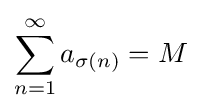
\sum _{n=1}^{\infty }a_{\sigma (n)}=M